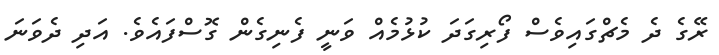
ރޭގެ ދެ މެޗްގައިވެސް ފޯރިގަދަ ކުޅުމެއް ވަނީ ފެނިގެން ގޮސްފައެވެ. އަދި ދެވަނަ